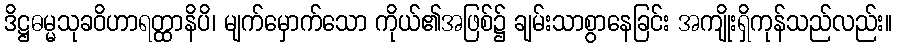
ဒိဋ္ဌဓမ္မသုခဝိဟာရတ္ထာနိပိ၊ မျက်မှောက်သော ကိုယ်၏အဖြစ်၌ ချမ်းသာစွာနေခြင်း အကျိုးရှိကုန်သည်လည်း။